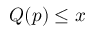
Q ( p ) \leq x